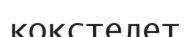
кокстелет